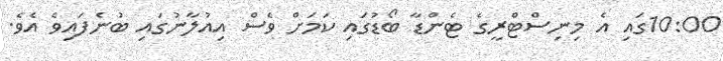
10:00ގައި އެ މިނިސްޓްރީގެ ޓެންޑާ ބޯޑުގައި ކަމަށް ވެސް އިއުލާނުގައި ބުނެފައިވެ އެވެ.